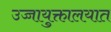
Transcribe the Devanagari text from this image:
उच्चायुक्तालयात